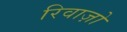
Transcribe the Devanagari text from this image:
रिवाज़ो